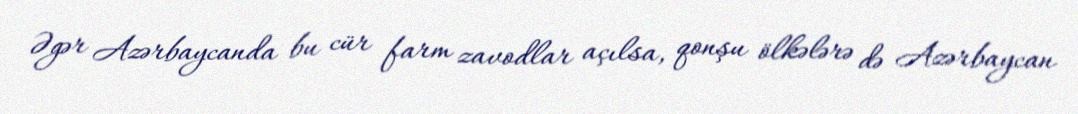
Əgər Azərbaycanda bu cür farm zavodlar açılsa, qonşu ölkələrə də Azərbaycan